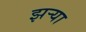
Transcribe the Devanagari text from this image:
झऱ्या